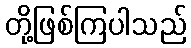
တို့ဖြစ်ကြပါသည်